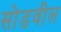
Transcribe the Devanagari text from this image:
सोडवील